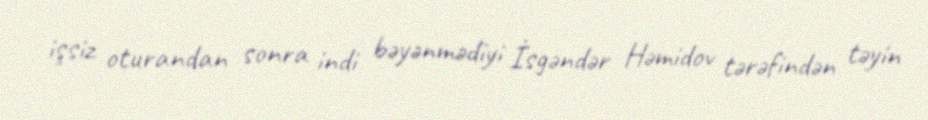
işsiz oturandan sonra indi bəyənmədiyi İsgəndər Həmidov tərəfindən təyin